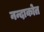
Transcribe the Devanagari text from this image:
नन्दाकोत